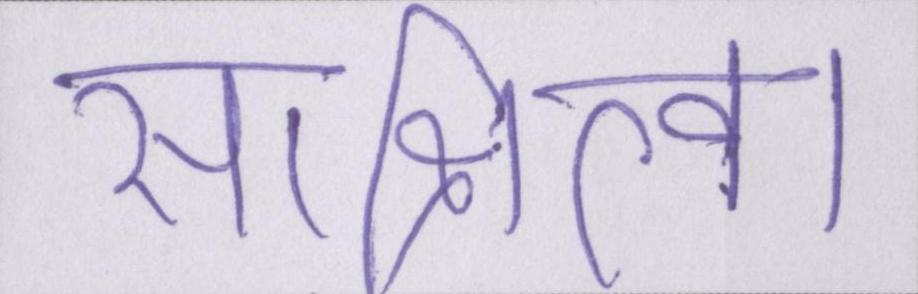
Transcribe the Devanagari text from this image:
साक्षित्व।